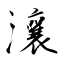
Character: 瀼